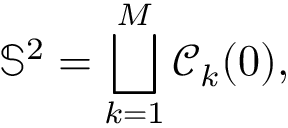
\mathbb { S } ^ { 2 } = \bigsqcup _ { k = 1 } ^ { M } \mathscr { C } _ { k } ( 0 ) ,